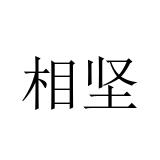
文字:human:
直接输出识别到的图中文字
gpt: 相坚